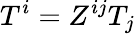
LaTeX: T^{i}=Z^{ij}T_{j}